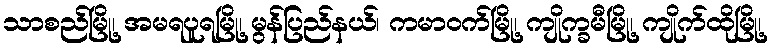
သာစည်မြို့၊ အမရပူရမြို့၊ မွန်ပြည်နယ်၊ ကမာဝက်မြို့၊ ကျိုက္ခမီမြို့၊ ကျိုက်ထိုမြို့၊